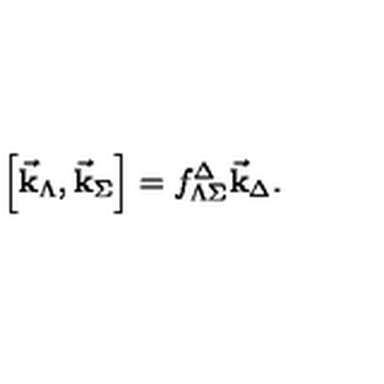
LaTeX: \left[ \vec { \bf k } _ { \Lambda } , \vec { \bf k } _ { \Sigma } \right] = f _ { \Lambda \Sigma } ^ { \Delta } \vec { \bf k } _ { \Delta } .